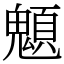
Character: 䫥